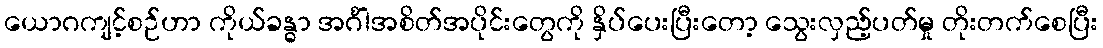
ယောဂကျင့်စဉ်ဟာ ကိုယ်ခန္ဓာ အင်္ဂါအစိတ်အပိုင်းတွေကို နှိပ်ပေးပြီးတော့ သွေးလှည့်ပတ်မှု တိုးတက်စေပြီး